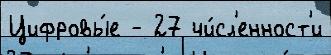
Цифровы́е - 27 чи́сл'енност'и